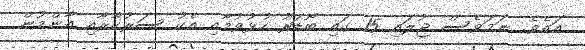
އައެވެ. ނަމަވެސް ޖުލައި 15 ގައި ބޯޑަރު ހުޅުވުމާއި އެކު ސަރުކާރާއި އާންމުން